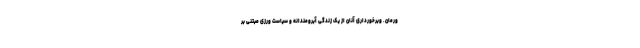
ورمان. وبرخورداری آنان از یک زندگی آبرومندانه و سیاست ورزی مبتنی بر